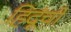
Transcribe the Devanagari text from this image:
हिदूंची